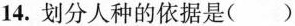
14.划分人种的依据是()